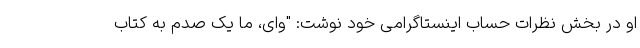
او در بخش نظرات حساب اینستاگرامی خود نوشت: "وای، ما یک صدم به کتاب